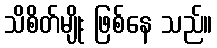
သိစိတ်မျိုး ဖြစ်နေ သည်။